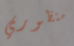
منظوري